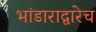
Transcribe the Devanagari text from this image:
भांडाराद्वारेच